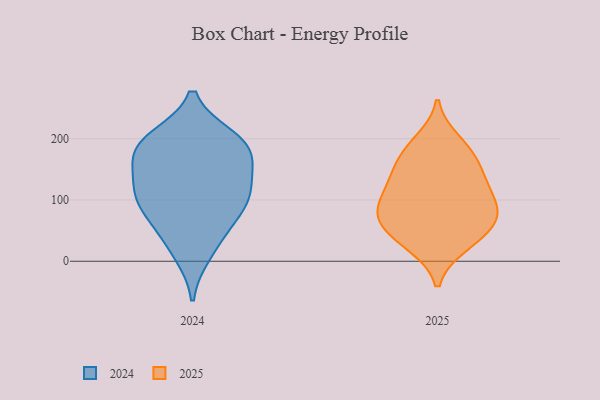
{"axis": {"x": "Net Income (USD K)", "y": "Value"}, "legend": ["2024", "2025"], "data": [{"x": "", "y": 184, "type": "2024"}, {"x": "", "y": 108, "type": "2024"}, {"x": "", "y": 125, "type": "2024"}, {"x": "", "y": 179, "type": "2024"}, {"x": "", "y": 140, "type": "2024"}, {"x": "", "y": 42, "type": "2024"}, {"x": "", "y": 200, "type": "2024"}, {"x": "", "y": 197, "type": "2024"}, {"x": "", "y": 77, "type": "2024"}, {"x": "", "y": 87, "type": "2024"}, {"x": "", "y": 179, "type": "2024"}, {"x": "", "y": 13, "type": "2024"}, {"x": "", "y": 107, "type": "2024"}, {"x": "", "y": 183, "type": "2025"}, {"x": "", "y": 28, "type": "2025"}, {"x": "", "y": 164, "type": "2025"}, {"x": "", "y": 108, "type": "2025"}, {"x": "", "y": 50, "type": "2025"}, {"x": "", "y": 196, "type": "2025"}, {"x": "", "y": 154, "type": "2025"}, {"x": "", "y": 26, "type": "2025"}, {"x": "", "y": 130, "type": "2025"}, {"x": "", "y": 71, "type": "2025"}, {"x": "", "y": 65, "type": "2025"}, {"x": "", "y": 126, "type": "2025"}, {"x": "", "y": 76, "type": "2025"}, {"x": "", "y": 98, "type": "2025"}, {"x": "", "y": 77, "type": "2025"}]}